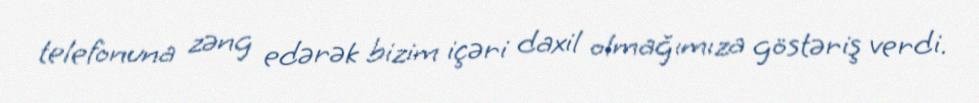
telefonuna zəng edərək bizim içəri daxil olmağımıza göstəriş verdi.